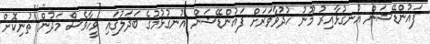
ފައުންޑޭޝަން އުނގުޅާއިރު މޫނު ހުދުވާވަރަށް ފައުންޑޭޝަން އުނގުޅުމުގެ ބަދަލުގައި ވީހާވެސް މަދުން ތުނިކޮށް